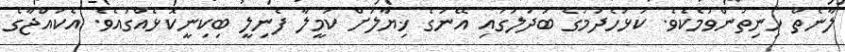
ލާނެތް ހިނިތުންވުމެކެވެ. ކަޅުހެދުމުގެ ބަދަލުގައި އޭނަގެ ޚިޔާލަށް ކަމީލާ ފެނިލީ ބިކިނީކޮޅެއްގައެވެ. އެކުއްޖާގެ